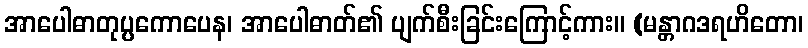
အာပေါဓာတုပ္ပကောပေန၊ အာပေါဓာတ်၏ ပျက်စီးခြင်းကြောင့်ကား။ (မန္တာဂဒရဟိတော၊